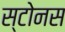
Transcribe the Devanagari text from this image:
स्टोनस